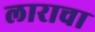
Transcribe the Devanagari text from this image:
लाराचा